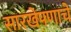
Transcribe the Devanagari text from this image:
सारखेपणाचे